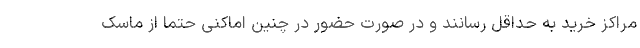
مراکز خرید به حداقل رسانند و در صورت حضور در چنین اماکنی حتما از ماسک